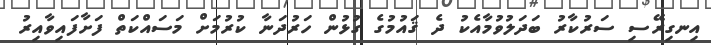
އިނގިރޭސި ސަރުކާރު ބަދަލުވުމާއެކު ދެ ޤައުމުގެ ގުޅުން ހަރުދަނާ ކުރުމަށް މަސައްކަތް ފަށާފައިވާއިރު